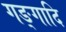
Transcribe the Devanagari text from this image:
गङ्गादि